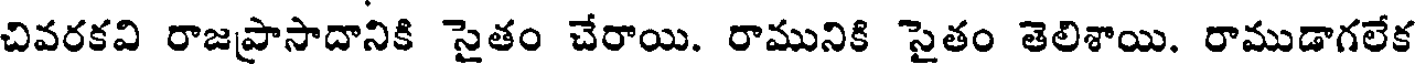
చివరకవి రాజప్రాసాదానికి సైతం చేరాయి. రామునికి సైతం తెలిశాయి. రాముడాగలేక